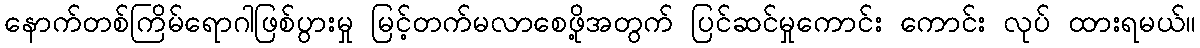
နောက်တစ်ကြိမ်ရောဂါဖြစ်ပွားမှု မြင့်တက်မလာစေဖို့အတွက် ပြင်ဆင်မှုကောင်း ကောင်း လုပ် ထားရမယ်။